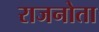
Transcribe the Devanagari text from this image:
राजनोता